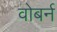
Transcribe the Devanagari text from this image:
वोबर्न